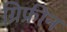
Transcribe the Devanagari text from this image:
ग्रिफ्रीन